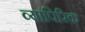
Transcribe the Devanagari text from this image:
व्यापिरिक